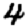
Digit: 4